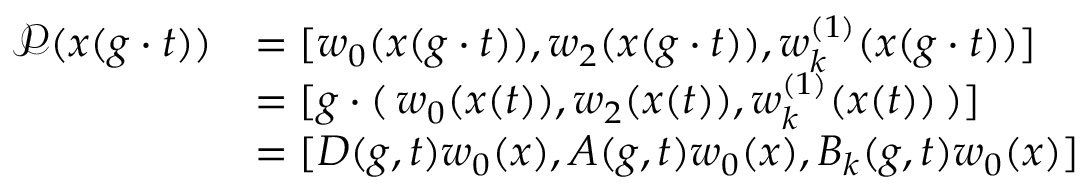
\begin{array} { r l } { \mathcal { P } ( x ( g \cdot t ) ) } & { = [ w _ { 0 } ( x ( g \cdot t ) ) , w _ { 2 } ( x ( g \cdot t ) ) , w _ { k } ^ { ( 1 ) } ( x ( g \cdot t ) ) ] } \\ & { = [ g \cdot ( \, w _ { 0 } ( x ( t ) ) , w _ { 2 } ( x ( t ) ) , w _ { k } ^ { ( 1 ) } ( x ( t ) ) \, ) ] } \\ & { = [ D ( g , t ) w _ { 0 } ( x ) , A ( g , t ) w _ { 0 } ( x ) , B _ { k } ( g , t ) w _ { 0 } ( x ) ] } \end{array}